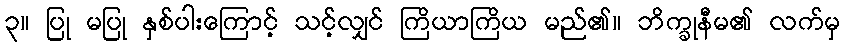
၃။ ပြု မပြု နှစ်ပါးကြောင့် သင့်လျှင် ကြိယာကြိယ မည်၏။ ဘိက္ခုနီမ၏ လက်မှ